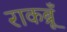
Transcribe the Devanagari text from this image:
राकब्रूँ